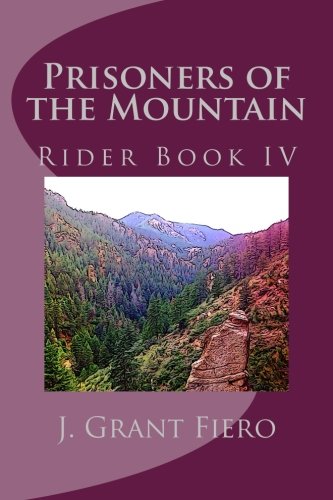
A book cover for Prisoners of the Mountain: Rider Book IV (Waking the Rider) (Volume 4); J. Grant Fiero; Science Fiction & Fantasy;